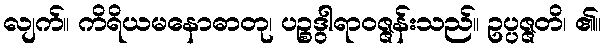
လျက်။ ကိရိယမနောဓာတု၊ ပဉ္စဒွါရာဝဇ္ဇန်းသည်။ ဥပ္ပဇ္ဇတိ၊ ၏။